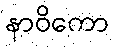
နာဝိကော